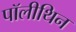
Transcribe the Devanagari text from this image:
पॉलीथिन